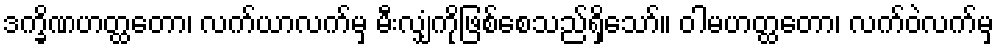
ဒက္ခိဏဟတ္ထတော၊ လက်ယာလက်မှ မီးလျှံကိုဖြစ်စေသည်ရှိသော်။ ဝါမဟတ္ထတော၊ လက်ဝဲလက်မှ